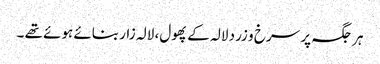
ہر جگہ پر سرخ و زرد لالہ کے پھول، لالہ زار بنائے ہوئے تھے ۔